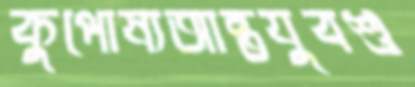
কুপোষ্যআন্তযুবশু